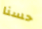
حسنا